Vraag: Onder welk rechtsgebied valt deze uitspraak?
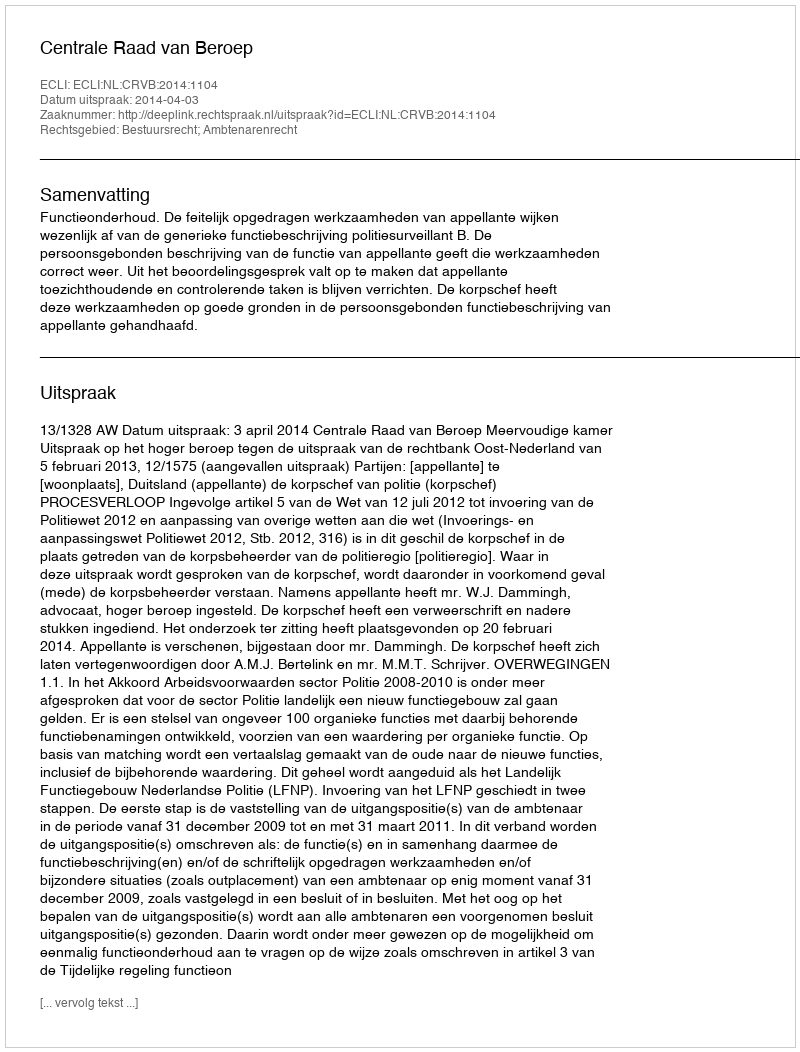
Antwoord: Bestuursrecht; Ambtenarenrecht